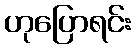
ဟုပြောရင်း